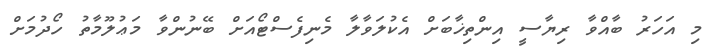
މި އަހަރު ބާއްވާ ރިޔާސީ އިންތިޚާބަށް އެކުލަވާލާ މެނިފެސްޓޯއަށް ބޭނުންވާ މަޢުލޫމާތު ހޯދުމަށް